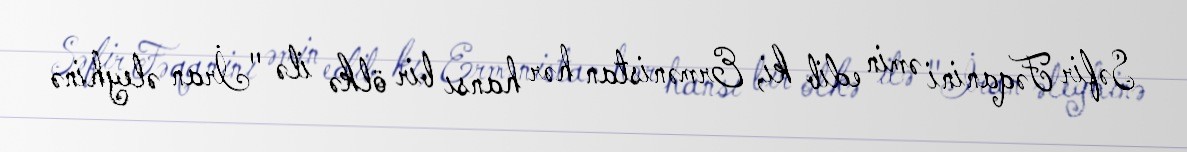
Səfir Fəqanini əmin edib ki, Ermənistan hər hansı bir ölkə ilə "İran əleyhinə